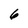
Character: 6